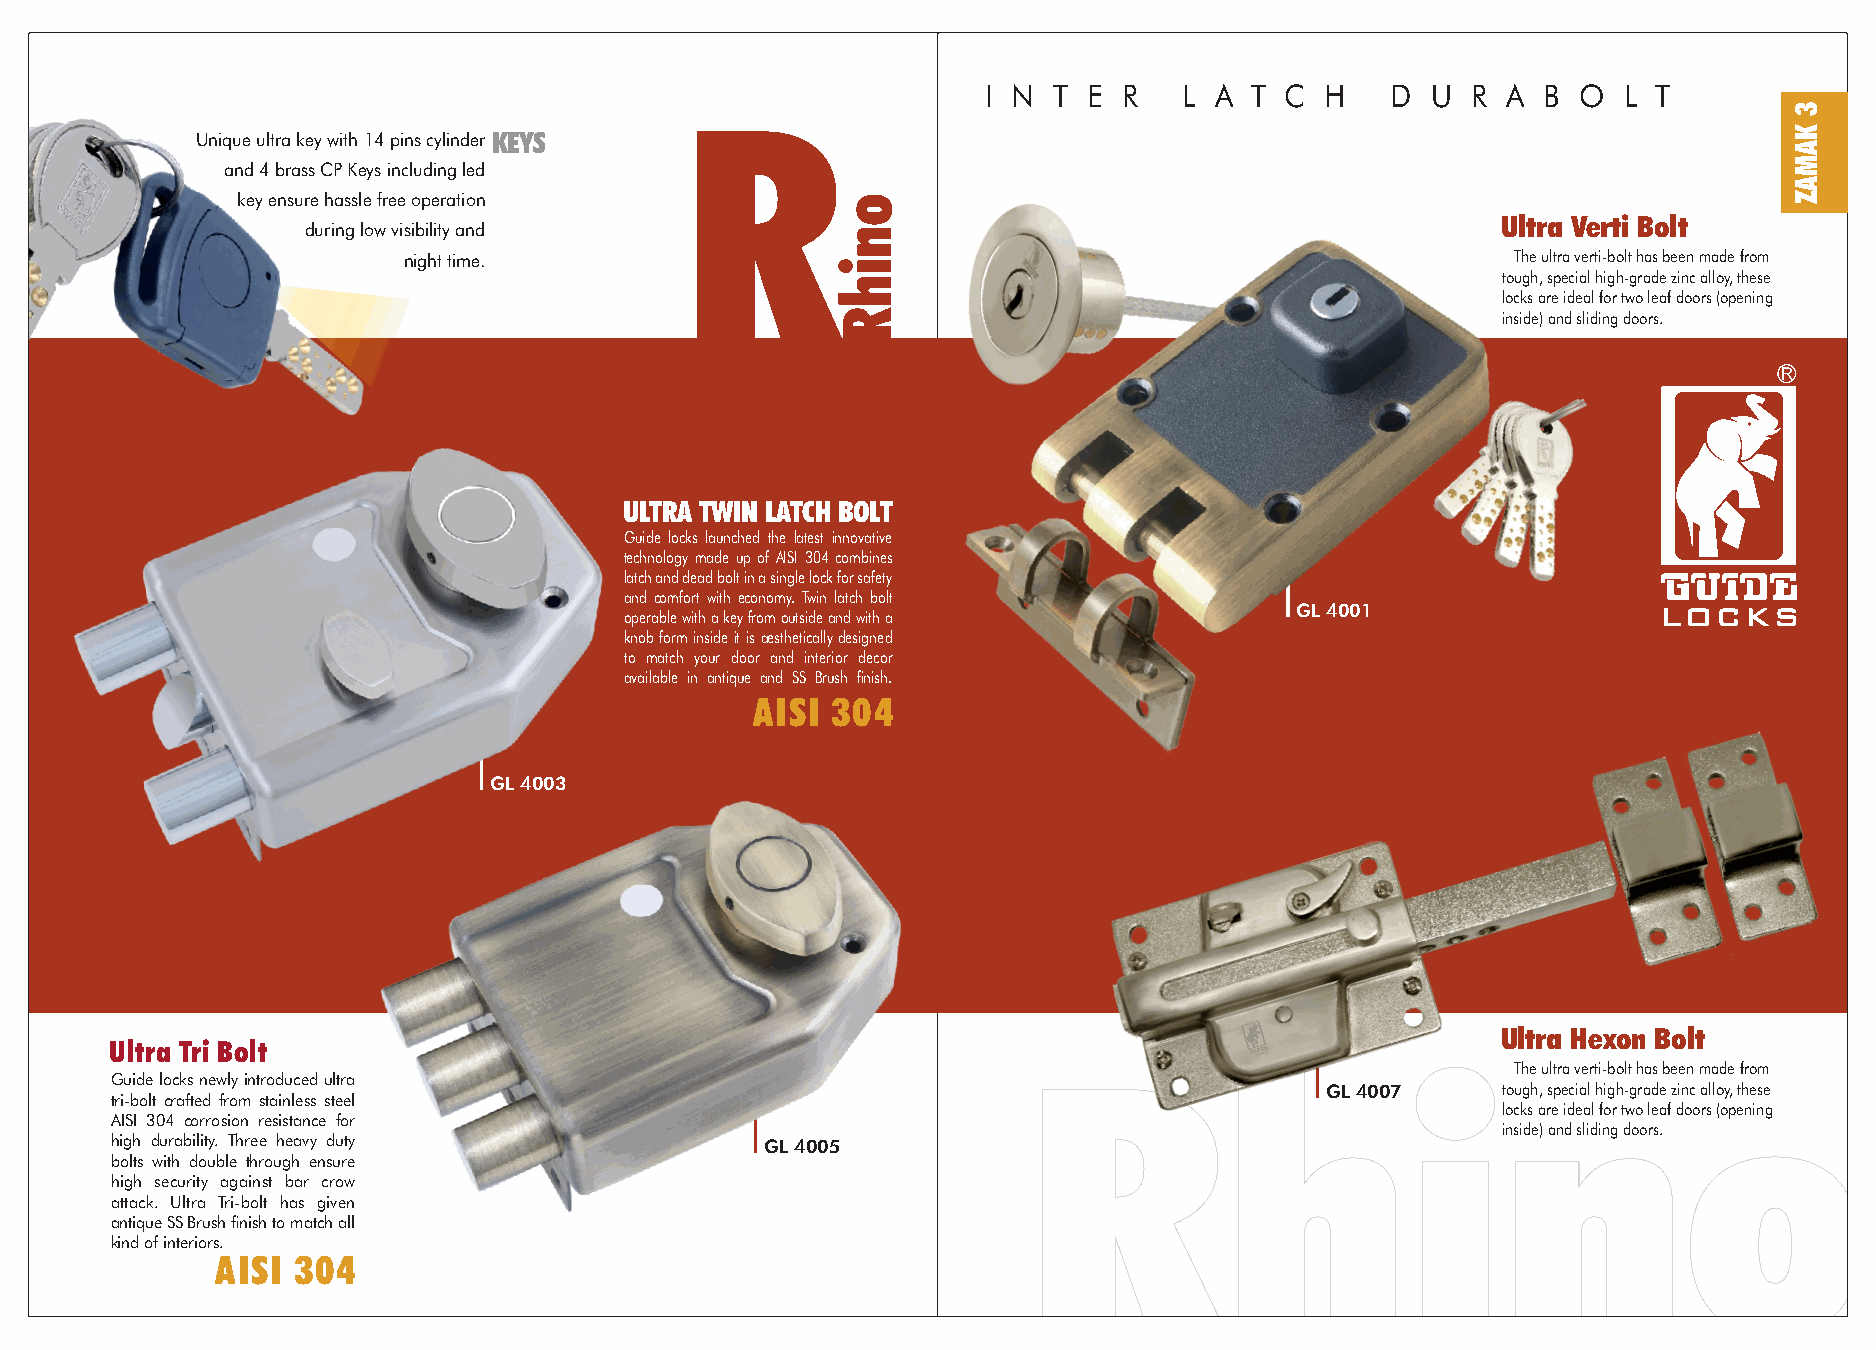
I N  T E R   L A  T C  H   D  U R  A B O  L T
 R
 Unique ultra key with 14 pins cylinder KEYS
 and 4 brass CP Keys including led
 key ensure hassle free operation
 Ultra Verti Bolt
 during low visibility and
 night time.                                                              The ultra verti-bolt has been made from
 tough, special high-grade zinc alloy, these
 locks are ideal for two leaf doors (opening
 inside) and sliding doors.
 ULTRA TWIN LATCH BOLT
 Guide locks launched the latest innovative
 technology made up of AISI 304 combines
 latch and dead bolt in a single lock for safety
 and comfort with economy. Twin latch bolt
 GL 4001
 operable with a key from outside and with a
 knob form inside it is aesthetically designed
 to match your door and interior decor
 available in antique and SS Brush nish.
 AISI 304
 GL 4003
 Ultra Hexon Bolt
 Ultra Tri Bolt
 The ultra verti-bolt has been made from
 Guide locks newly introduced ultra                           Rhino
 GL 4007    tough, special high-grade zinc alloy, these
 tri-bolt crafted from stainless steel
 locks are ideal for two leaf doors (opening
 AISI 304 corrosion resistance for
 inside) and sliding doors.
 high durability. Three heavy duty           GL 4005
 bolts with double through ensure
 high security against bar crow
 attack. Ultra Tri-bolt has given
 antique SS Brush nish to match all
 kind of interiors.
 AISI 304
 onihR
 3
 KAMAZ